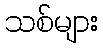
သစ်များ